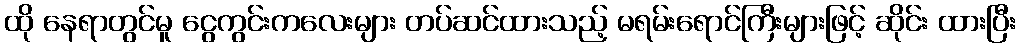
ထို နေရာတွင်မူ ငွေကွင်းကလေးများ တပ်ဆင်ထားသည့် မရမ်းရောင်ကြီးများဖြင့် ဆိုင်း ထားပြီး